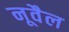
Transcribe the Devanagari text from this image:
नूवैल